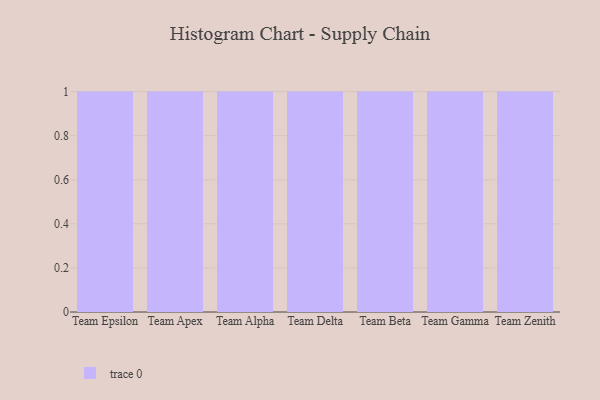
{"axis": {"x": "Team", "y": "Headcount"}, "legend": [""], "data": [{"x": "Team Epsilon", "y": 22, "type": ""}, {"x": "Team Apex", "y": 83, "type": ""}, {"x": "Team Alpha", "y": 82, "type": ""}, {"x": "Team Delta", "y": 38, "type": ""}, {"x": "Team Beta", "y": 38, "type": ""}, {"x": "Team Gamma", "y": 1, "type": ""}, {"x": "Team Zenith", "y": 16, "type": ""}]}